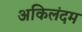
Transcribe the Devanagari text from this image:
अकिलंदम